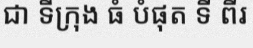
ជា ទីក្រុង ធំ បំផុត ទី ពីរ